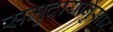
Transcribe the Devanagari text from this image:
समुदायानुसार